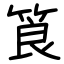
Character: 筤